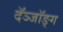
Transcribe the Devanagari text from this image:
दॅञ्जॉङ्ग